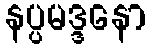
နပ္ပမဒ္ဒနော